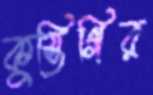
কুস্তিগির